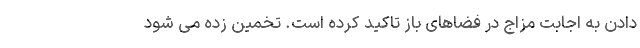
دادن به اجابت مزاج در فضاهای باز تاکید کرده است. تخمین زده می شود